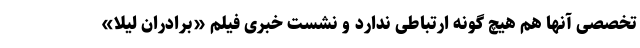
تخصصی آنها هم هیچ گونه ارتباطی ندارد و نشست خبری فیلم «برادران لیلا»